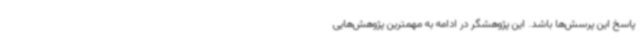
پاسخ این پرسش‌ها باشد. این پژوهشگر در ادامه به مهمترین پژوهش‌هایی